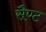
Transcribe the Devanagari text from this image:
सैण्ट